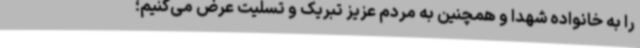
را به خانواده شهدا و همچنین به مردم عزیز تبریک و تسلیت عرض می‌کنیم؛